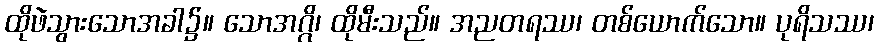
ထိုဖဲသွားသောအခါ၌။ သောအဂ္ဂိ၊ ထိုမီးသည်။ အညတရဿ၊ တစ်ယောက်သော။ ပုရိသဿ၊